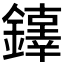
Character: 𨬕